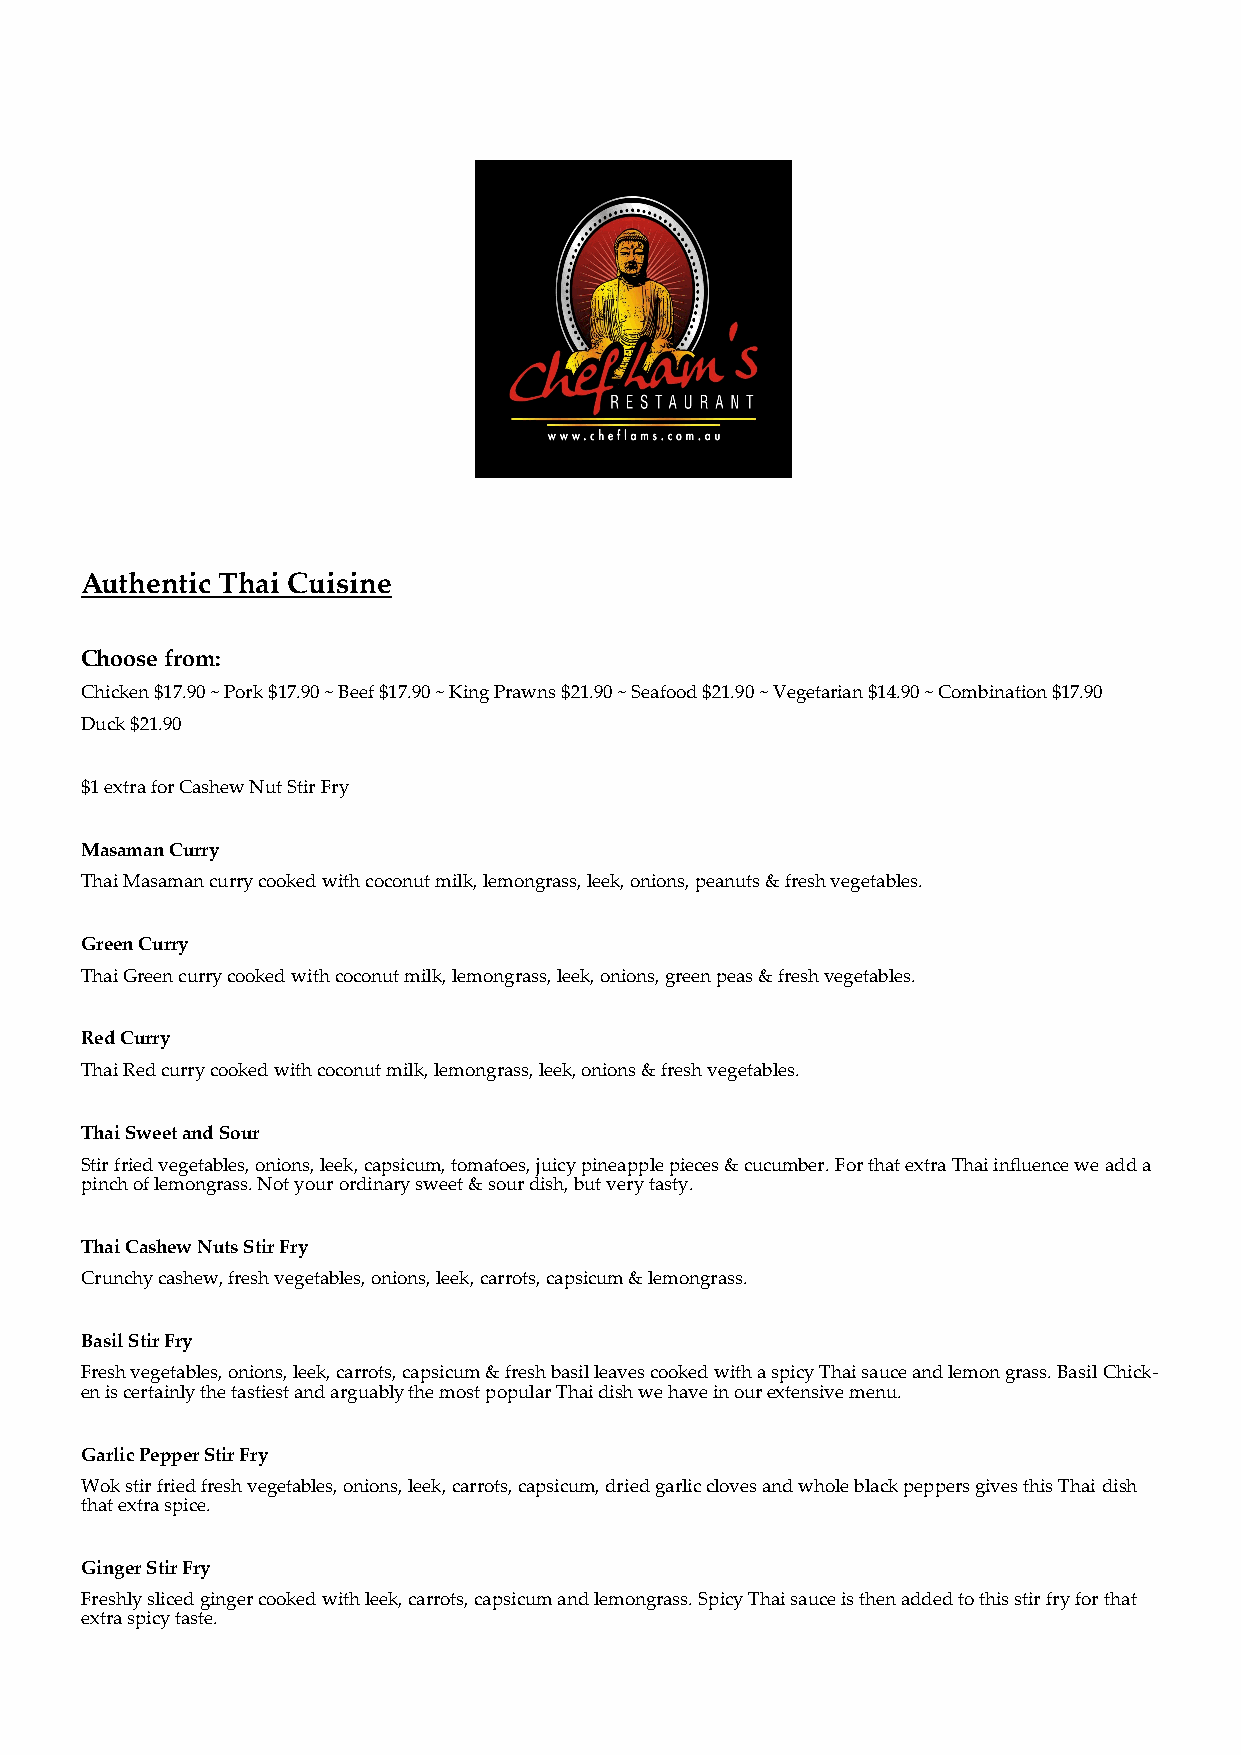
Authentic Thai Cuisine
 Choose from:
 Chicken $17.90 ~ Pork $17.90 ~ Beef $17.90 ~ King Prawns $21.90 ~ Seafood $21.90 ~ Vegetarian $14.90 ~ Combination $17.90
 Duck $21.90
 $1 extra for Cashew Nut Stir Fry
 Masaman Curry
 Thai Masaman curry cooked with coconut milk, lemongrass, leek, onions, peanuts & fresh vegetables.
 Green Curry
 Thai Green curry cooked with coconut milk, lemongrass, leek, onions, green peas & fresh vegetables.
 Red Curry
 Thai Red curry cooked with coconut milk, lemongrass, leek, onions & fresh vegetables.
 Thai Sweet and Sour
 Stir fried vegetables, onions, leek, capsicum, tomatoes, juicy pineapple pieces & cucumber. For that extra Thai influence we add a
 pinch of lemongrass. Not your ordinary sweet & sour dish, but very tasty.
 Thai Cashew Nuts Stir Fry
 Crunchy cashew, fresh vegetables, onions, leek, carrots, capsicum & lemongrass.
 Basil Stir Fry
 Fresh vegetables, onions, leek, carrots, capsicum & fresh basil leaves cooked with a spicy Thai sauce and lemon grass. Basil Chick-
 en is certainly the tastiest and arguably the most popular Thai dish we have in our extensive menu.
 Garlic Pepper Stir Fry
 Wok stir fried fresh vegetables, onions, leek, carrots, capsicum, dried garlic cloves and whole black peppers gives this Thai dish
 that extra spice.
 Ginger Stir Fry
 Freshly sliced ginger cooked with leek, carrots, capsicum and lemongrass. Spicy Thai sauce is then added to this stir fry for that
 extra spicy taste.